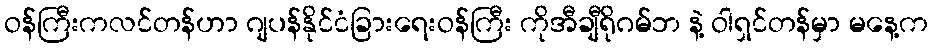
ဝန်ကြီးကလင်တန်ဟာ ဂျပန်နိုင်ငံခြားရေးဝန်ကြီး ကိုအီချီရိုဂမ်ဘ နဲ့ ဝါရှင်တန်မှာ မနေ့က